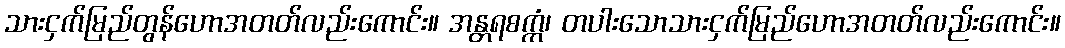
သားငှက်မြည်တွန်ဟောအတတ်လည်းကောင်း။ အန္တရစက္ကံ၊ တပါးသောသားငှက်မြည်ဟောအတတ်လည်းကောင်း။